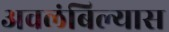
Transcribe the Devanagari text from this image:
अवलंबिल्यास